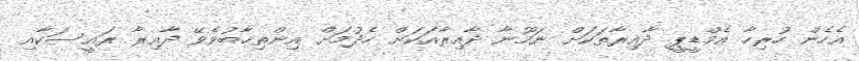
އެހެން ހުރިހާ އެމްޑީޕީ ދާއިރާތަކަށް ނަމޫނާ ދާއިރާއަކަށް ހެދުމަށް އިންތިޚާބުވެވޭ ދާއިރާ ރައީސަކާއި